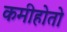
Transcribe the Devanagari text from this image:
कमीहोतो